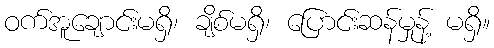
ဝက်အူချောင်းမရှိ၊ ချိစ်မရှိ၊ ပြောင်းဆန်မှုန့် မရှိ။